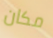
مكان